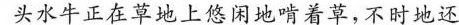
牛正在草地上悠闲地喷着草，不时地还